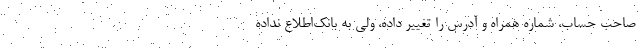
صاحب حساب، شماره همراه و آدرس را تغییر داده، ولی به بانک‌اطلاع نداده